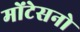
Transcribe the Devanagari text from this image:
मोंटेसनो